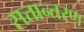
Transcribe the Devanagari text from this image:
सत्तान्तरण